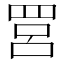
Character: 𦊼